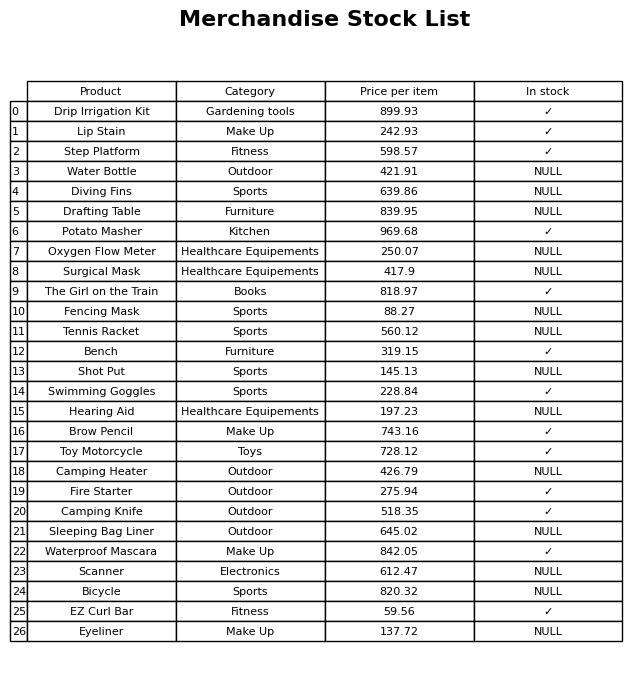
question: What is the stock status of the Camping Heater?
answer: NULL